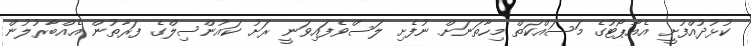
ކުޅުދުއްފުށީ އެއާޕޯޓުގެ މަސައްކަތް މިހާތަނަށް ނުފެށި ލަސްވެފައިވަނީ ރަށު ކައުންސިލްގެ ފަރާތުން އެއްބާރުލުން